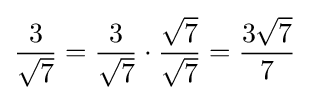
{\frac {3}{\sqrt {7}}}={\frac {3}{\sqrt {7}}}\cdot {\frac {\sqrt {7}}{\sqrt {7}}}={\frac {3{\sqrt {7}}}{7}}